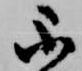
不